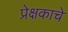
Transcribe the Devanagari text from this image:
प्रेक्षकाचे